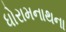
ધોરામનાથના